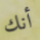
أنك